255_413270_UFO's_and_Defense_What_Should_we_Prepare_For
Agency: NASA
Page 26
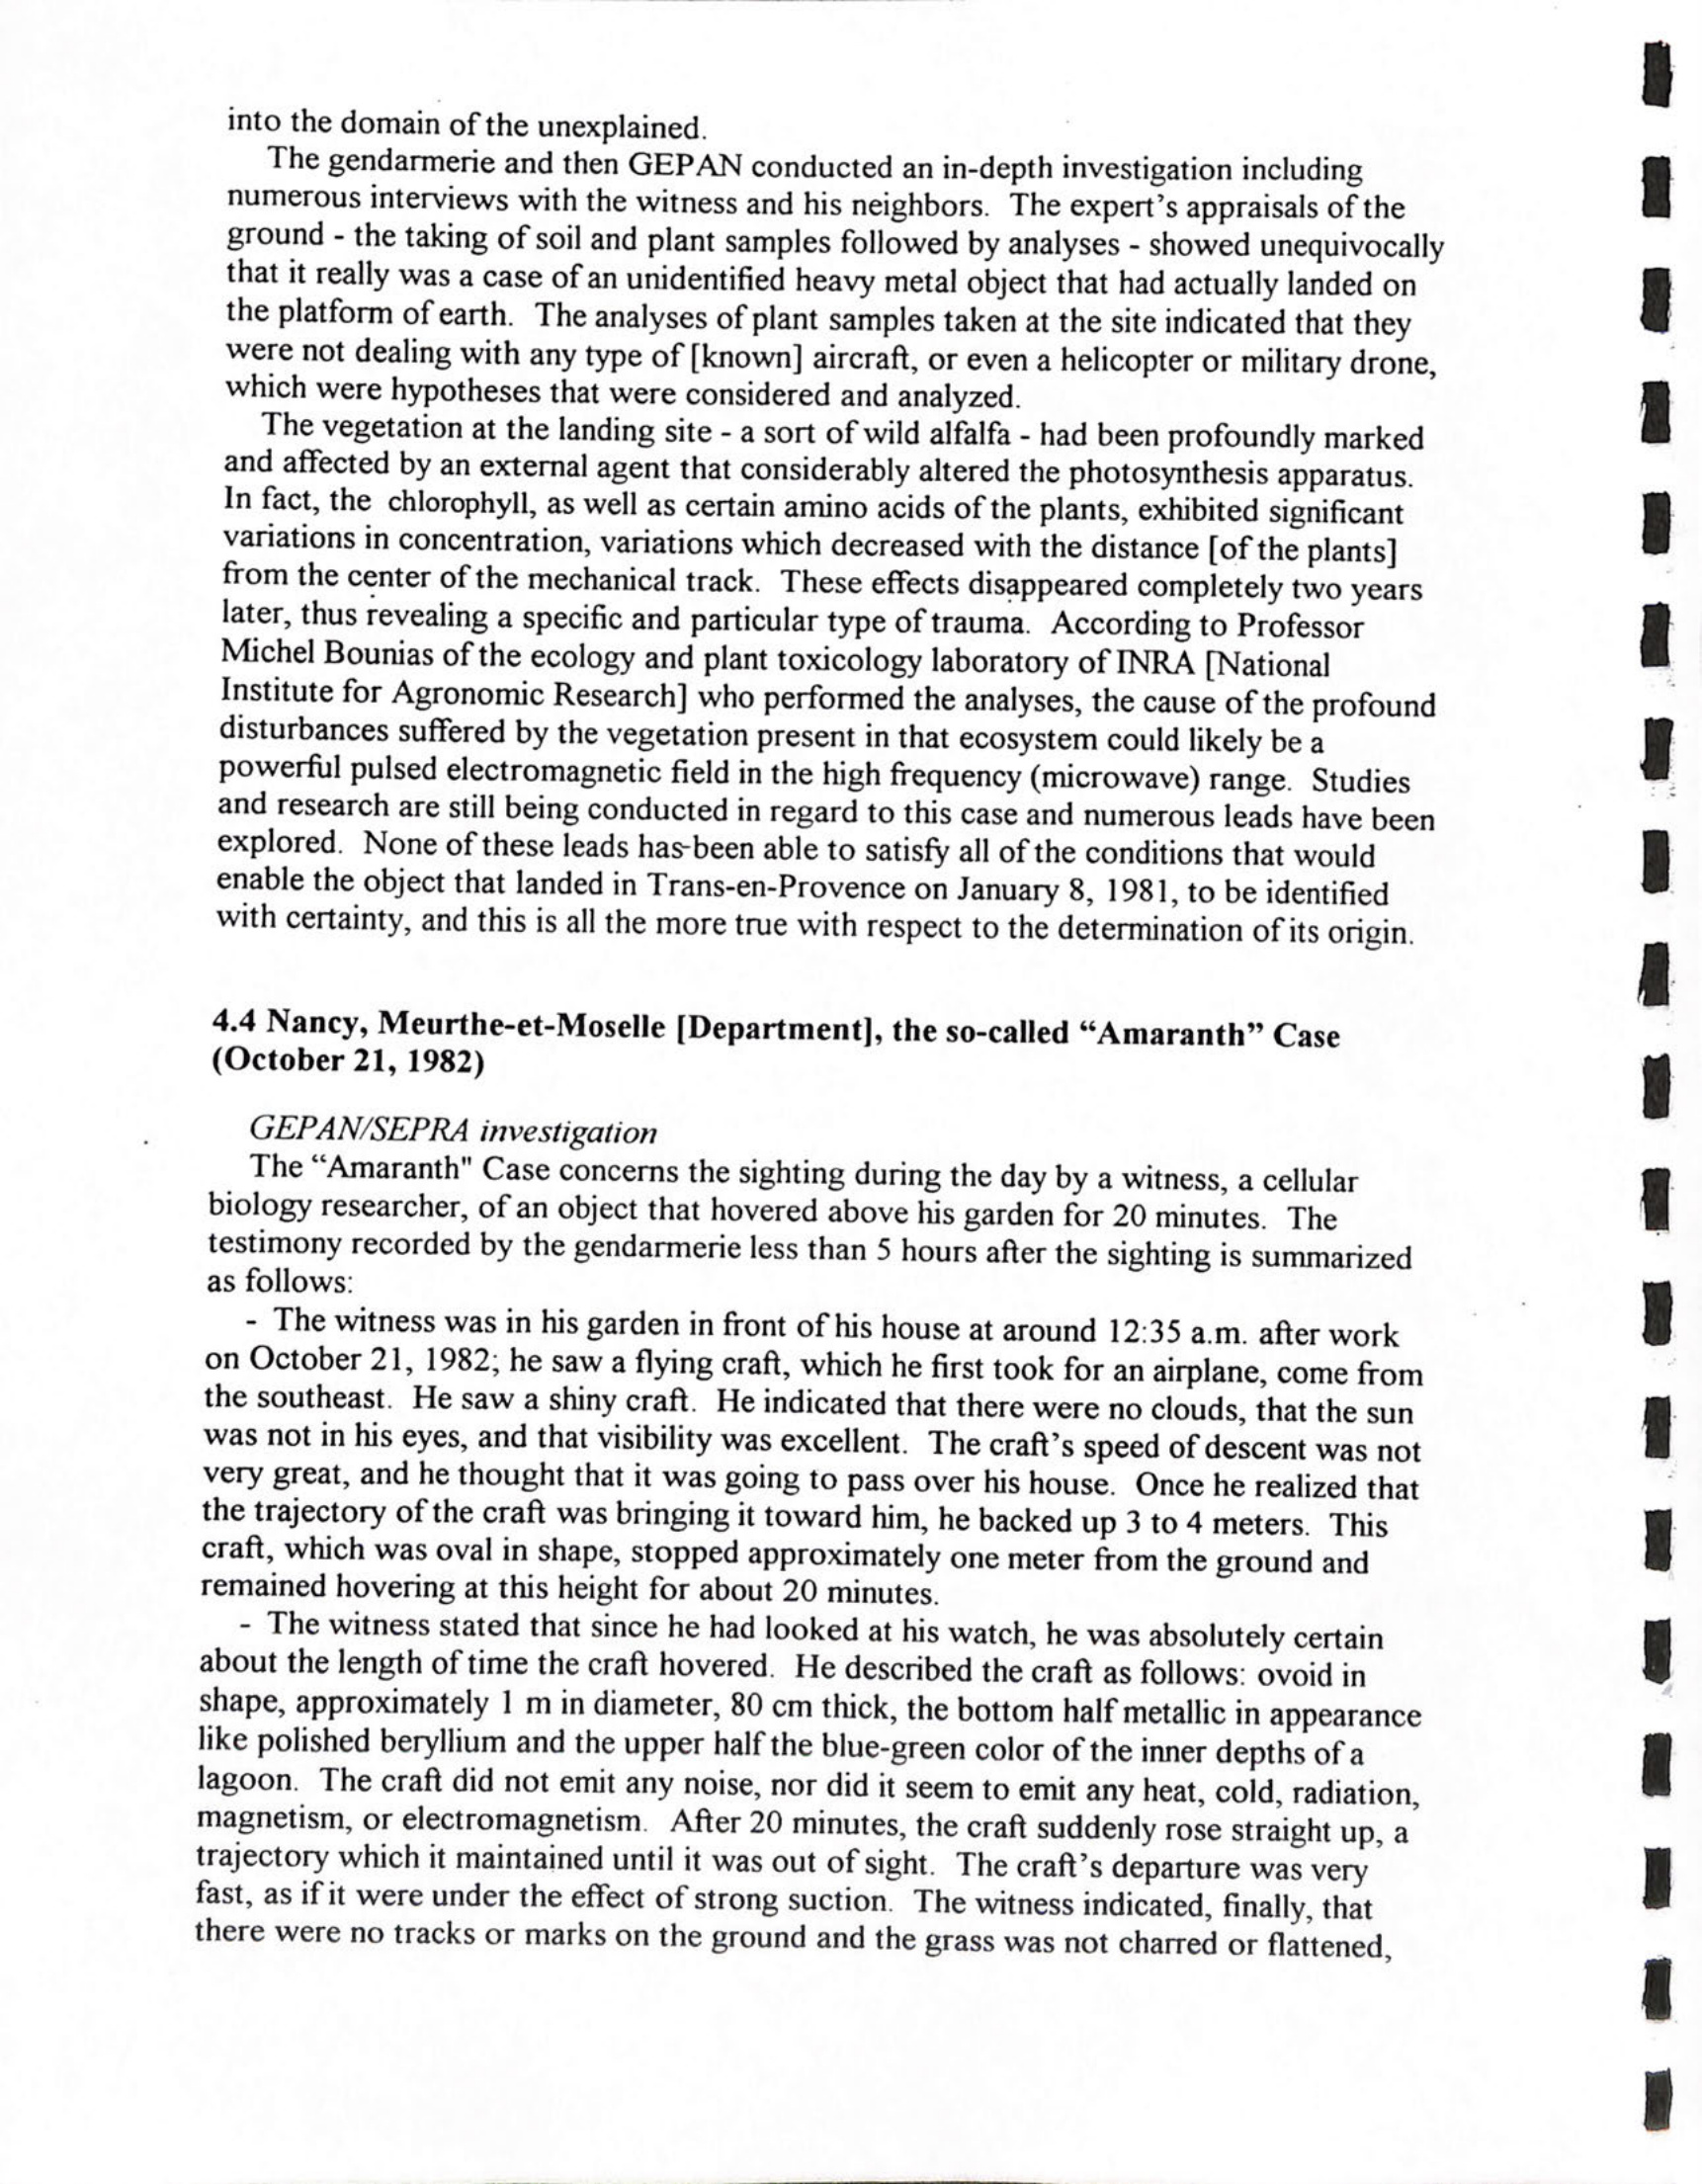